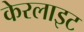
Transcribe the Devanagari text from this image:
केरलाइट